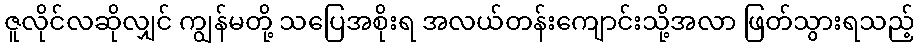
ဇူလိုင်လဆိုလျှင် ကျွန်မတို့ သပြေအစိုးရ အလယ်တန်းကျောင်းသို့အလာ ဖြတ်သွားရသည့်